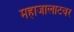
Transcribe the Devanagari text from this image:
महाजालाटवर